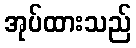
အုပ်ထားသည်